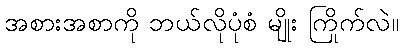
အစားအစာကို ဘယ်လိုပုံစံ မျိုး ကြိုက်လဲ။